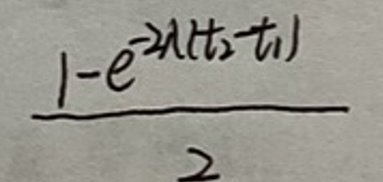
$\frac{1 - e^{- \lambda ( t _ { 2 } - t _ { 1 } )}}{2}$